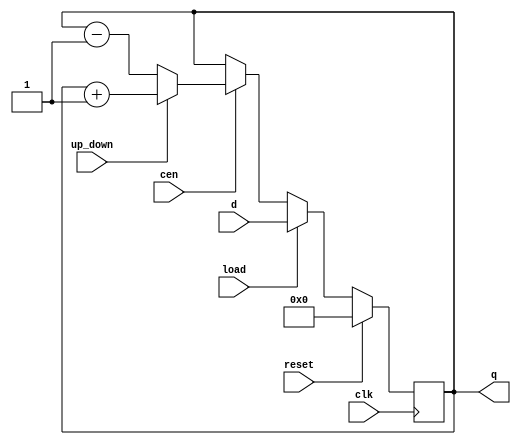
module loadable_counter (
    input wire clk,          // Clock signal
    input wire reset,        // Synchronous reset
    input wire load,         // Load enable signal
    input wire cen,          // Count enable signal
    input wire up_down,      // Up/Down control (1 for up, 0 for down)
    input wire [7:0] d,      // Data input for loading value (8-bit)
    output reg [7:0] q       // Counter output (8-bit)
);

    // Always block for synchronous operation
    always @(posedge clk) begin
        if (reset) begin
            // Reset the counter to zero
            q <= 8'b0;
        end else if (load) begin
            // Load the input data into the counter
            q <= d;
        end else if (cen) begin
            // Count up or down based on up_down signal
            if (up_down) begin
                // Up counting
                q <= q + 1;
            end else begin
                // Down counting
                q <= q - 1;
            end
        end
        // If none of the above conditions are met, hold the current state
    end

endmodule